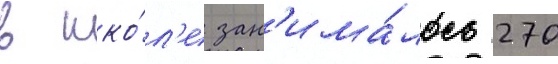
в шко́л'е зан'има́лось 270